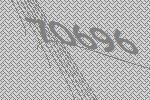
70696